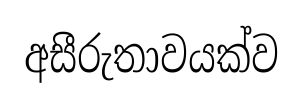
අසීරුතාවයක්ව